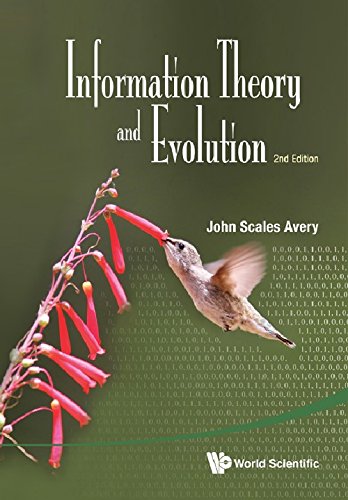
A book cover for Information Theory And Evolution (2nd Edition); John Scales Avery; Science & Math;